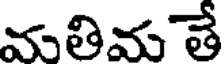
మతిమతే